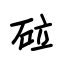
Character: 砬